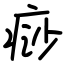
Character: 痧